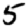
Digit: 5